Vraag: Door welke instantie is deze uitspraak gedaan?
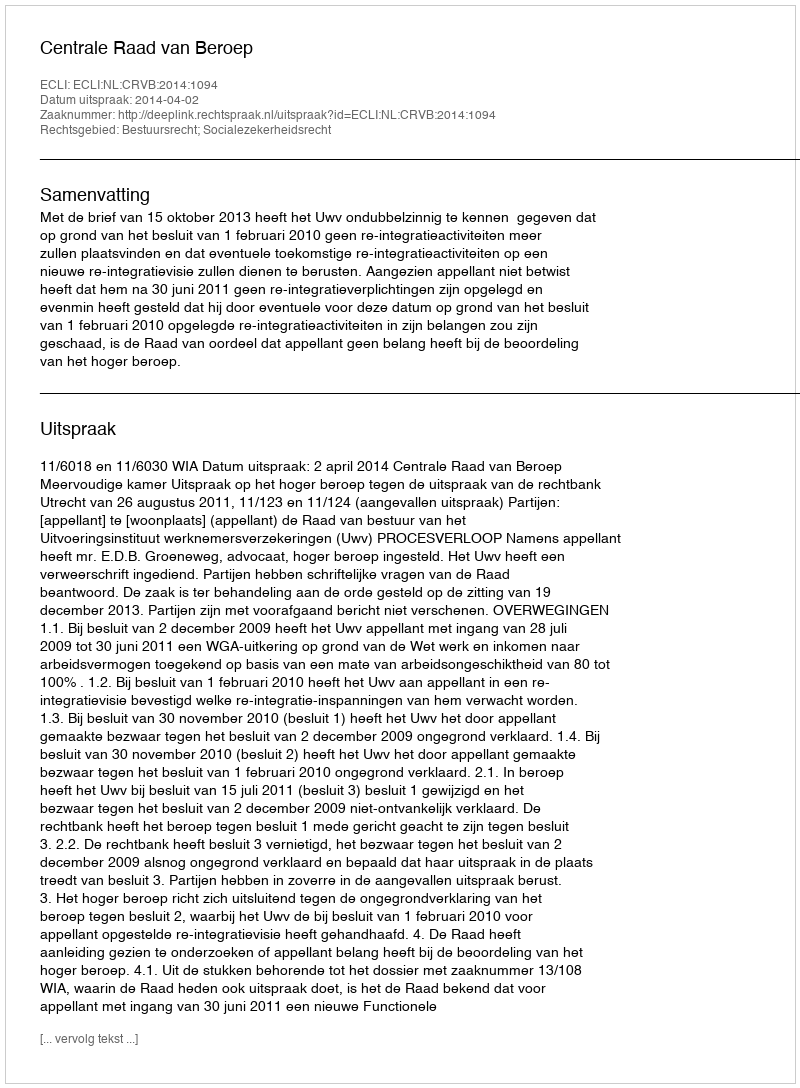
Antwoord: Centrale Raad van Beroep